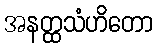
အနတ္ထသံဟိတော